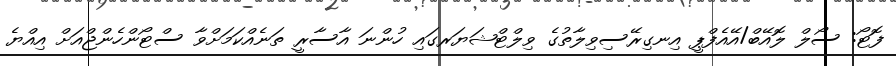
ފޮޓޯ: ސޯލް ލޮއޭބް/އޭއެފްޕީ އިނގިރޭސިވިލާތުގެ ވިލްޓްޝަޔަރގައި ހުންނަ އާސާރީ ތަނެއްކަމަށްވާ ސްޓޯންހެންޖްއަށް އިއްޔެ